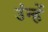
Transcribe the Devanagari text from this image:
उंन्हें